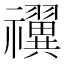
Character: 𬓝